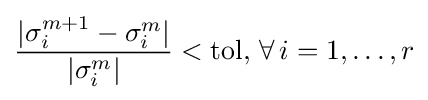
{\frac {|\sigma _{i}^{m+1}-\sigma _{i}^{m}|}{|\sigma _{i}^{m}|}}<{\text{tol}},\,\forall \,i=1,\ldots ,r